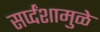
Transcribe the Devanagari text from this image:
सर्प्दंशामुळे